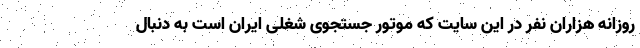
روزانه هزاران نفر در این سایت که موتور جستجوی شغلی ایران است به دنبال